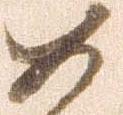
如